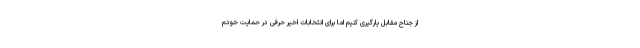
از جناح مقابل یارگیری کنیم اما برای انتخابات اخیر حرفی در حمایت خودم